Scientific memoirs by medical officers of the Army of India - Part III,
Year: 1887
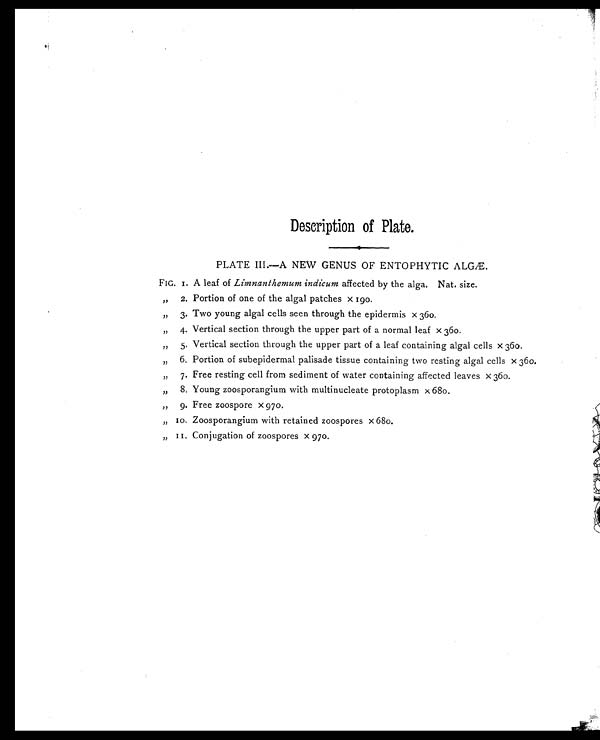
Description of Plate.
PLATE III.— NEW GENUS OF ENTOPHYTIC
FIG. 1. A leaf of Limnanthemum indicum affected by the alga. Nat. size.
„ 2. Portion of one of the algal patches x 190.
„ 3. Two young algal cells seen through the epidermis x 360.
„ 4. Vertical section through the upper part of a normal leaf x 360.
„ 5. Vertical section through the upper part of a leaf containing algal cells x 360.
,, 6. Portion of subepidermal palisade tissue containing two resting algal cells x 360.
„ 7. Free resting cell from sediment of water containing affected leaves x 360.
, , 8. Young zoosporangium with multinucleate protoplasm x 680.
„ 9. Free zoospore x 970.
„ 10. Zoosporangium with retained zoospores x 680.
„ 11. Conjugation of zoospores x 970.